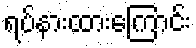
ရပ်နားထားကြောင်း